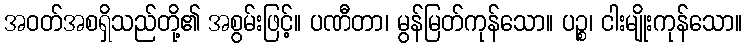
အဝတ်အစရှိသည်တို့၏ အစွမ်းဖြင့်။ ပဏီတာ၊ မွန်မြတ်ကုန်သော။ ပဉ္စ၊ ငါးမျိုးကုန်သော။